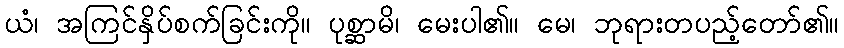
ယံ၊ အကြင်နှိပ်စက်ခြင်းကို။ ပုစ္ဆာမိ၊ မေးပါ၏။ မေ၊ ဘုရားတပည့်တော်၏။